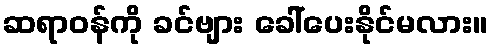
ဆရာဝန်ကို ခင်ဗျား ခေါ်ပေးနိုင်မလား။